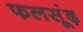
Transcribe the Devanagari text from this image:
फलसूंढ़